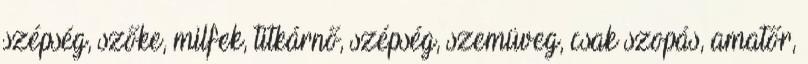
szépség, szőke, milfek, titkárnő, szépség, szemüveg, csak szopás, amatőr,